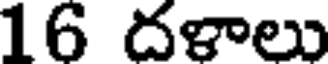
16 దళాలు